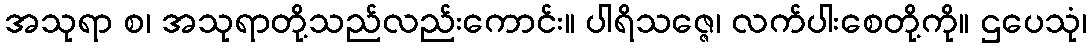
အသုရာ စ၊ အသုရာတို့သည်လည်းကောင်း။ ပါရိသဇ္ဇေ၊ လက်ပါးစေတို့ကို။ ဌပေသုံ၊